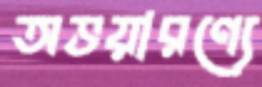
অভয়ারণ্যে